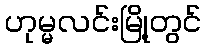
ဟုမ္မလင်းမြို့တွင်